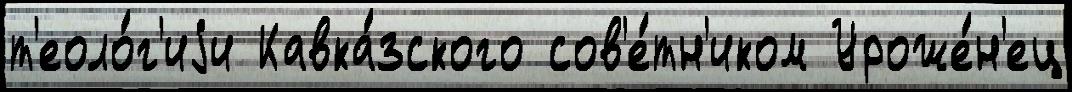
т'еоло́г'иjи Кавка́зского сов'е́тн'иком Уроже́н'ец